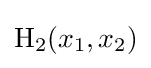
\operatorname {H_{2}} (x_{1},x_{2})